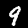
Digit: 9